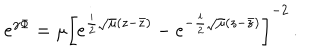
e ^ { \gamma \Phi } = \mu \left[ e ^ { \frac i 2 \sqrt { \mu } ( z - \bar { z } ) } - e ^ { - \frac i 2 \sqrt { \mu } ( z - \bar { z } ) } \right] ^ { - 2 } \, .